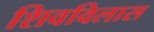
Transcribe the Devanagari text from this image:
शिवविलास